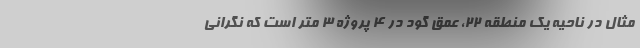
مثال در ناحیه یک منطقه ۲۲، عمق گود در ۴ پروژه ۳ متر است که نگرانی